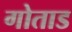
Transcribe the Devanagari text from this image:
गोताड